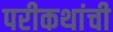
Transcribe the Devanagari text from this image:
परीकथांची